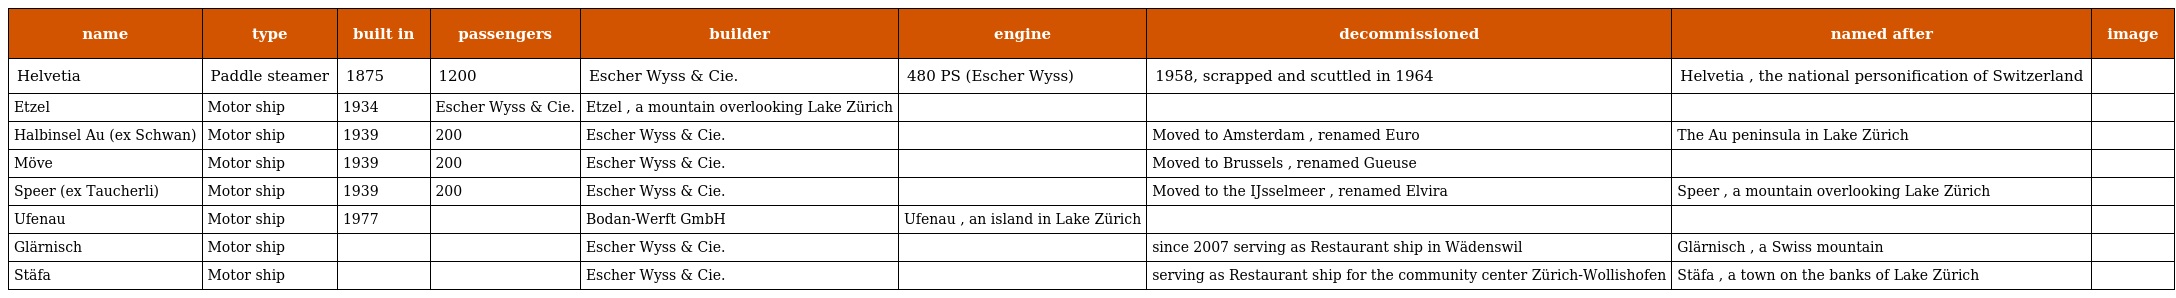
| name | type | built in | passengers | builder | engine | decommissioned | named after | image |
 | --- | --- | --- | --- | --- | --- | --- | --- | --- |
 | Helvetia | Paddle steamer | 1875 | 1200 | Escher Wyss & Cie. | 480 PS (Escher Wyss) | 1958, scrapped and scuttled in 1964 | Helvetia , the national personification of Switzerland |  |
 | Etzel | Motor ship | 1934 | Escher Wyss & Cie. | Etzel , a mountain overlooking Lake Zürich |  |  |  |  |
 | Halbinsel Au (ex Schwan) | Motor ship | 1939 | 200 | Escher Wyss & Cie. |  | Moved to Amsterdam , renamed Euro | The Au peninsula in Lake Zürich |  |
 | Möve | Motor ship | 1939 | 200 | Escher Wyss & Cie. |  | Moved to Brussels , renamed Gueuse |  |  |
 | Speer (ex Taucherli) | Motor ship | 1939 | 200 | Escher Wyss & Cie. |  | Moved to the IJsselmeer , renamed Elvira | Speer , a mountain overlooking Lake Zürich |  |
 | Ufenau | Motor ship | 1977 |  | Bodan-Werft GmbH | Ufenau , an island in Lake Zürich |  |  |  |
 | Glärnisch | Motor ship |  |  | Escher Wyss & Cie. |  | since 2007 serving as Restaurant ship in Wädenswil | Glärnisch , a Swiss mountain |  |
 | Stäfa | Motor ship |  |  | Escher Wyss & Cie. |  | serving as Restaurant ship for the community center Zürich-Wollishofen | Stäfa , a town on the banks of Lake Zürich |  |